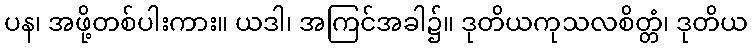
ပန၊ အဖို့တစ်ပါးကား။ ယဒါ၊ အကြင်အခါ၌။ ဒုတိယကုသလစိတ္တံ၊ ဒုတိယ